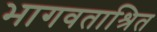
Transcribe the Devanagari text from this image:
भागवताश्रित